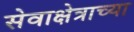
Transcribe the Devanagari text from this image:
सेवाक्षेत्राच्या